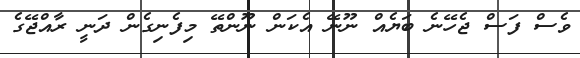
ވެސް ފަސް ޖެހޭނެ ބަޔެއް ނޫނޭ އެކަން ނޫންތޭ މިފެނިގެން ދަނީ ރާއްޖޭގެ